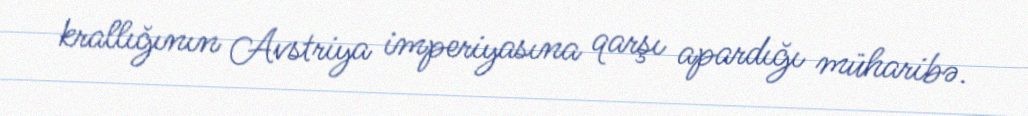
krallığının Avstriya imperiyasına qarşı apardığı müharibə.